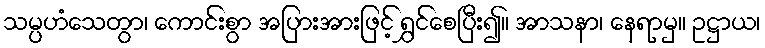
သမ္ပဟံသေတွာ၊ ကောင်းစွာ အပြားအားဖြင့် ရွှင်စေပြီး၍။ အာသနာ၊ နေရာမှ။ ဥဋ္ဌာယ၊